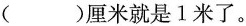
（）厘米就是1米了。